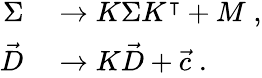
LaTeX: \begin{array}{rl}{\Sigma}&{{}\rightarrow K\Sigma K^{\intercal}+M\; ,}\\ {\vec{D}}&{{}\rightarrow K\vec{D}+\vec{c}\; .}\end{array}